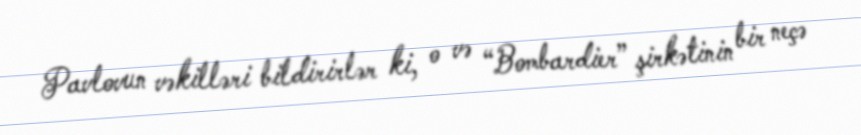
Pavlovun vəkilləri bildirirlər ki, o və “Bombardier” şirkətinin bir neçə